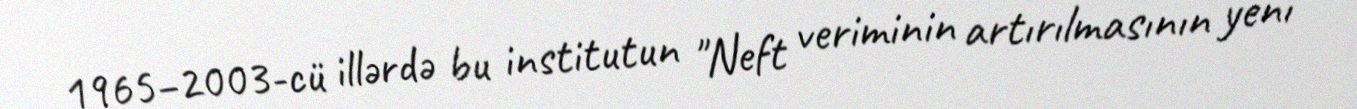
1965–2003-cü illərdə bu institutun "Neft veriminin artırılmasının yeni